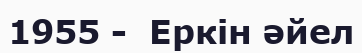
1955 -  Еркін әйел